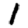
Digit: 1